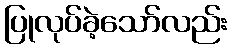
ပြုလုပ်ခဲ့သော်လည်း